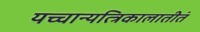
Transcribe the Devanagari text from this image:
यच्चान्यत्त्रिकालातीतं